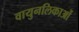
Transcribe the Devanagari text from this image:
वायुनलिकाओं